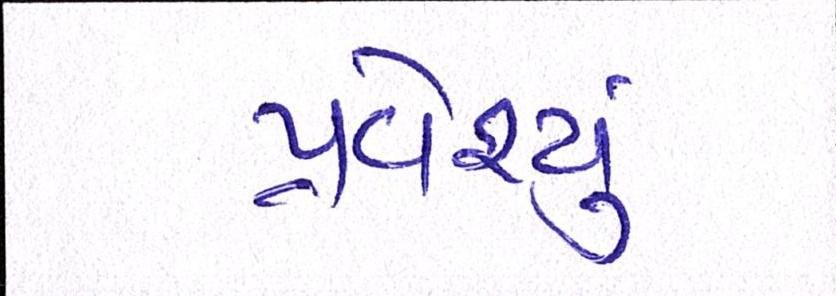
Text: પ્રવેશ્યું